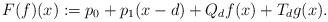
LaTeX: \begin{align*} F(f)(x):=p_0+p_1(x-d)+Q_df(x) +T_dg(x).\end{align*}